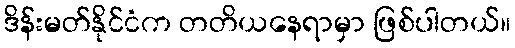
ဒိန်းမတ်နိုင်ငံက တတိယနေရာမှာ ဖြစ်ပါတယ်။